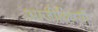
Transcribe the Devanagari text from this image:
आजीविषयी